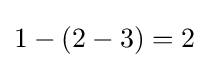
1-(2-3)=2